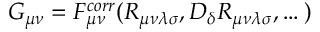
G _ { \mu \nu } = F _ { \mu \nu } ^ { c o r r } ( R _ { \mu \nu \lambda \sigma } , D _ { \delta } R _ { \mu \nu \lambda \sigma } , \dots )